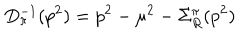
LaTeX: D _ { \pi } ^ { - 1 } ( p ^ { 2 } ) = p ^ { 2 } - \mu ^ { 2 } - \Sigma _ { R } ^ { \pi } ( p ^ { 2 } )